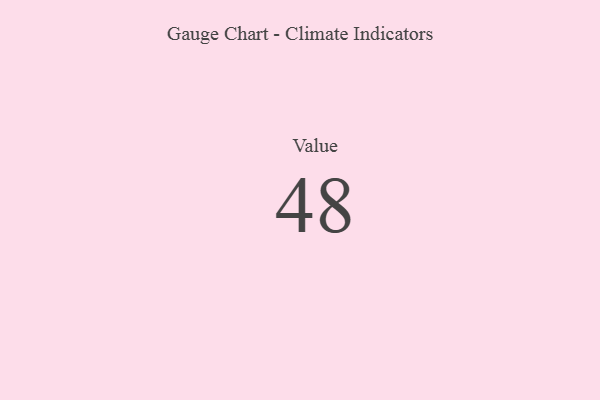
{"axis": {"x": "Metric", "y": "Value"}, "legend": [""], "data": [{"x": "Value", "y": 48, "type": ""}]}